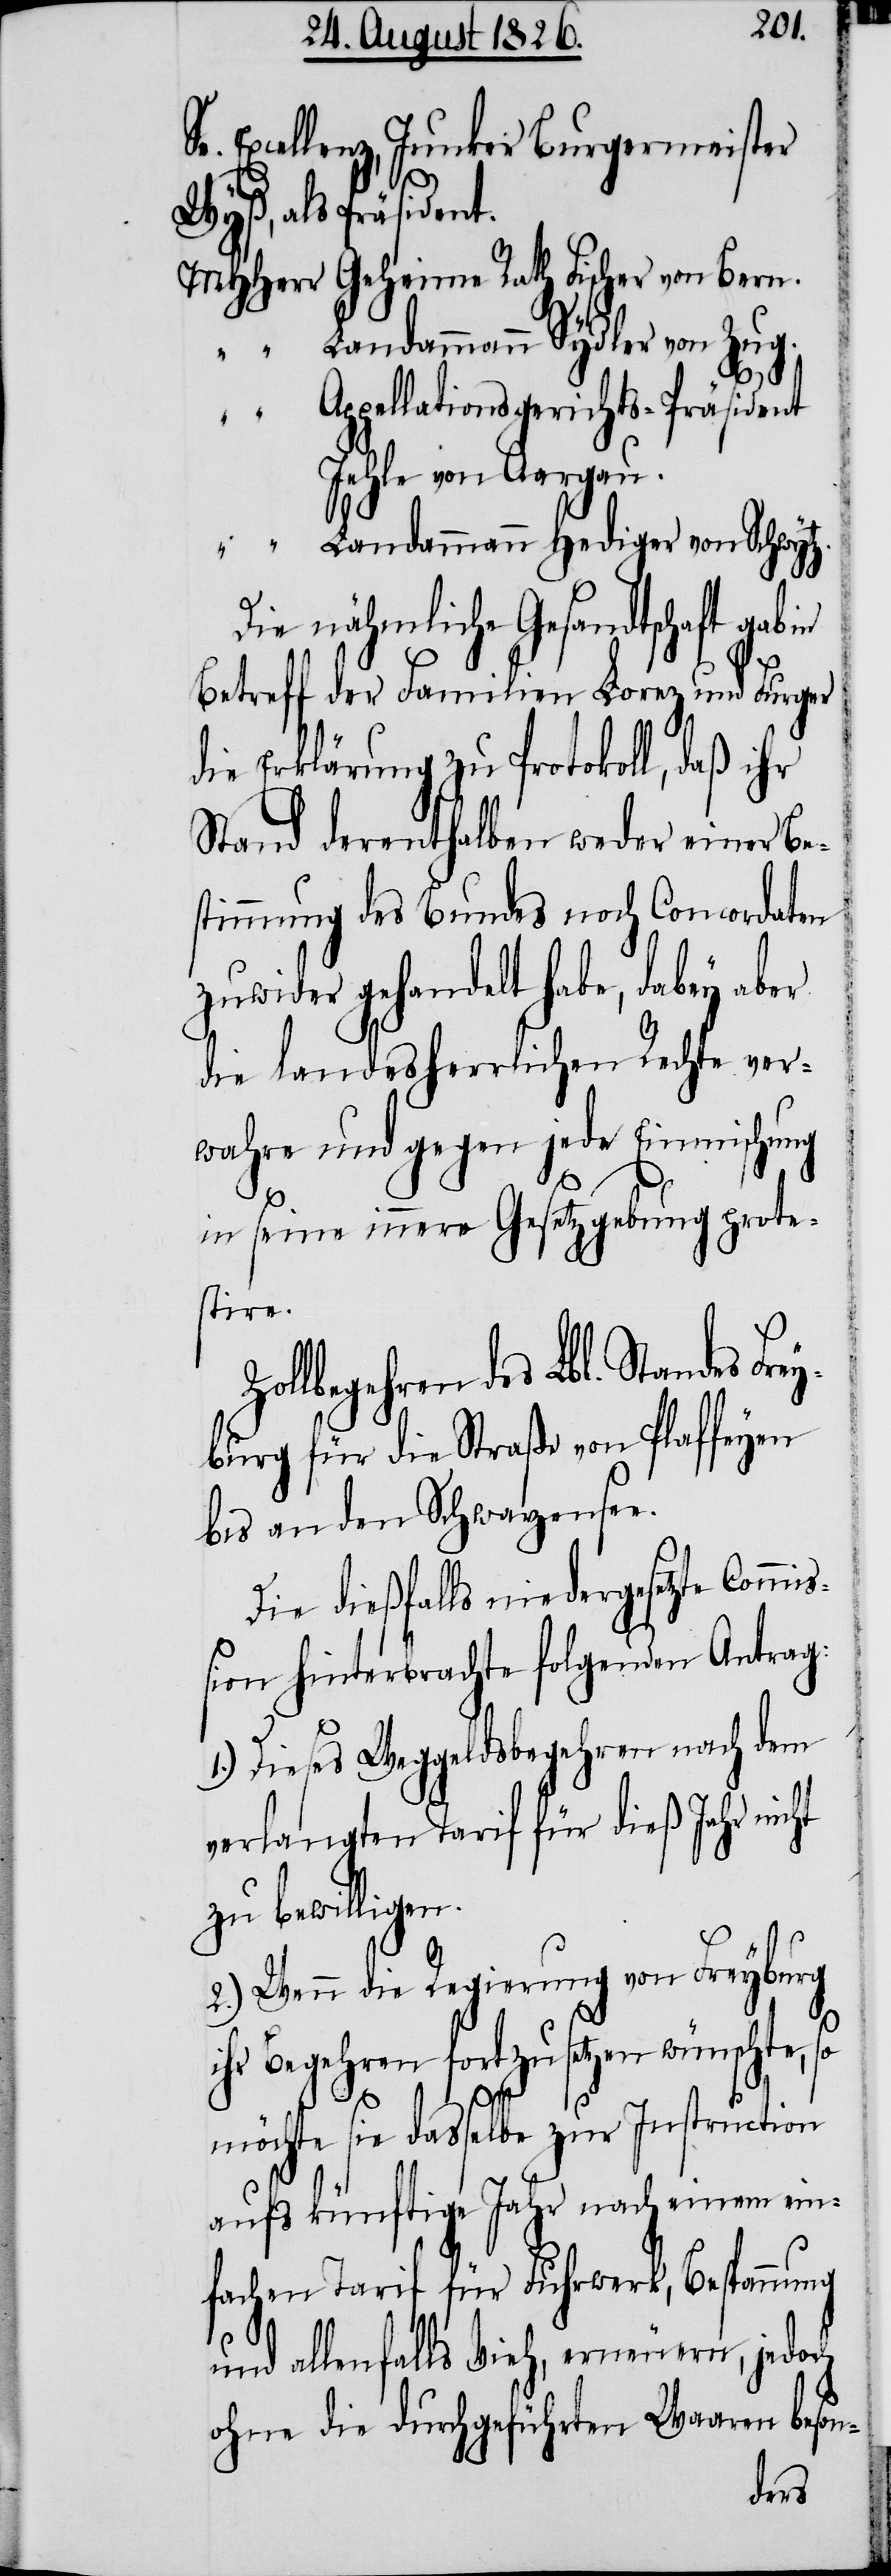
Excellenz, Junker Burgermeister
Wyß, als Präsident.
MHHerr	Geheime Rath Fischer von Bern.
“	“	Landammann Sydler von Zug.
“	“	Appellationsgerichts-Präsident
Jehle von Aargau.
“	“	Landammann Hediger von Schwyt¬
des Lbl. Standes Frey¬
Betreff der Familien Lorez und Furger
die Erklärung zu Protokoll, daß ihr
Stand derenthalben weder einer Be¬
stimmung des Bundes noch Concordaten
zuwider gehandelt habe, dabey aber
die landesherrlichen Rechte ver¬
wahre und gegen jede Einmischung
D¬
in seine innere Gesetzgebung prote¬
stire.
burg für die Straße von Plaffeyen
bis an den Schwarzensee.
Die dießfalls niedergesetzte Comm¬
ißion hinterbrachte folgenden Antrag:
1.) Dieses Weggeldsbegehren nach dem
verlangten Tarif für dieß Jahr nicht
zu bewilligen.
2.) Wenn die Regierung von Freyburg
ihr Begehren fortzusetzen wünschte, so
möchte sie dasselbe zur Instruction
aufs künftige Jahr nach einem ein¬
fachen Tarif für Fuhrwerk, Bespannung
und allenfalls Vieh, erneuern, jedoch
ohne die durchgeführten Waaren beson-